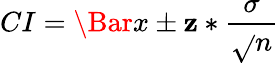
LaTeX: CI=\Bar{x}\pm\mathbf{z}*\frac{{\sigma}}{{\sqrt{}{{n}}}}